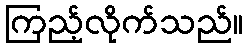
ကြည့်လိုက်သည်။